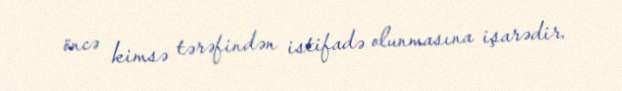
öncə kimsə tərəfindən istifadə olunmasına işarədir.